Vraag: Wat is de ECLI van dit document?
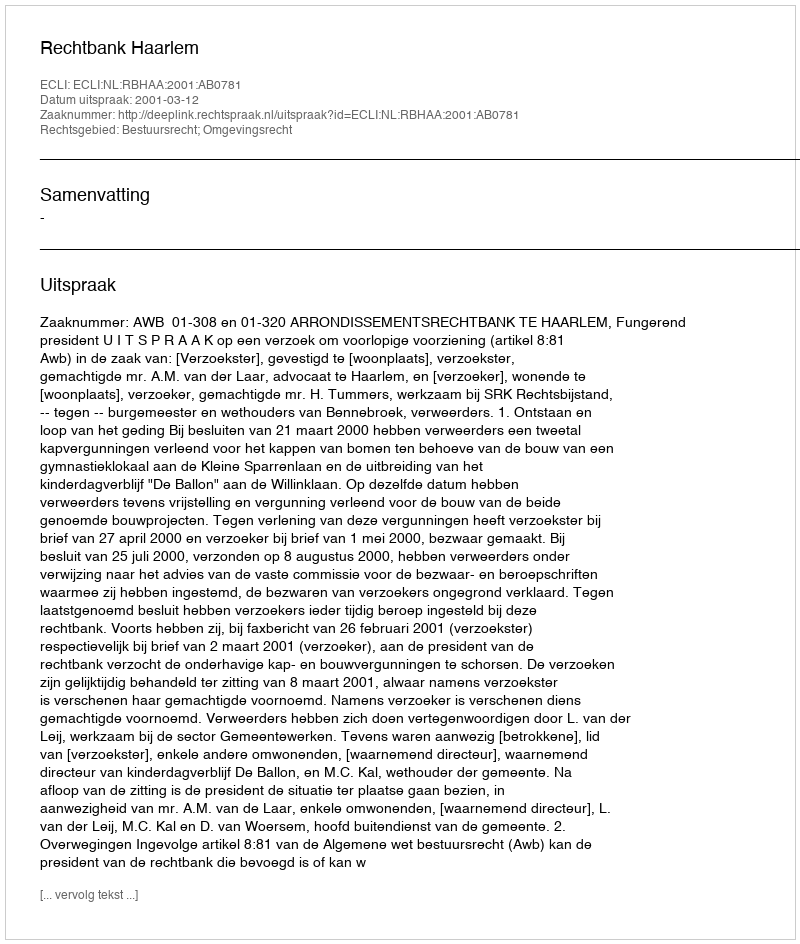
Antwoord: ECLI:NL:RBHAA:2001:AB0781